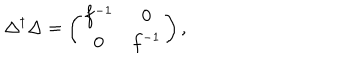
\Delta ^ { \dagger } \Delta = \left( \begin{matrix} { { f ^ { - 1 } } } & { { 0 } } \\ { { 0 } } & { { f ^ { - 1 } } } \\ \end{matrix} \right) ,